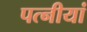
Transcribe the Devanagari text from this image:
पत्नीयां